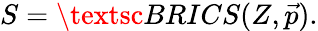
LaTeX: S=\textsc{BRICS}(Z,\vec{p}).